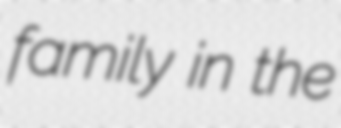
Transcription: family in the